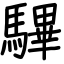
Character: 驆